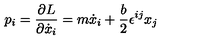
p _ { i } = { \frac { \partial L } { \partial \dot { x } _ { i } } } = m \dot { x } _ { i } + \frac { b } { 2 } \epsilon ^ { i j } x _ { j }